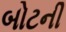
બોટની